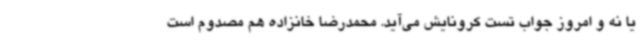
یا نه و امروز جواب تست کرونایش می‌آید. محمدرضا خانزاده هم مصدوم است